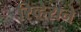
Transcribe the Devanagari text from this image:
रिव्हेराने